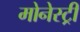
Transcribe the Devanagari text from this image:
मोनेस्‍ट्री